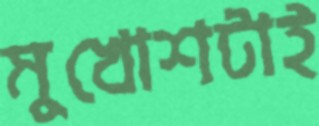
মুখোশটাই